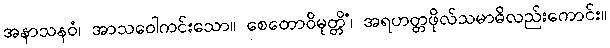
အနာသနဝံ၊ အာသဝေါကင်းသော။ စေတောဝိမုတ္တိံ၊ အရဟတ္တဖိုလ်သမာဓိလည်းကောင်း။